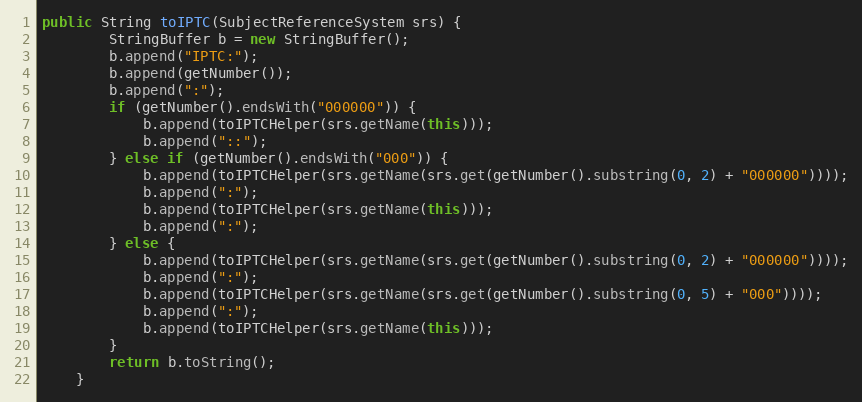
Language: Java
public String toIPTC(SubjectReferenceSystem srs) {
		StringBuffer b = new StringBuffer();
		b.append("IPTC:");
		b.append(getNumber());
		b.append(":");
		if (getNumber().endsWith("000000")) {
			b.append(toIPTCHelper(srs.getName(this)));
			b.append("::");
		} else if (getNumber().endsWith("000")) {
			b.append(toIPTCHelper(srs.getName(srs.get(getNumber().substring(0, 2) + "000000"))));
			b.append(":");
			b.append(toIPTCHelper(srs.getName(this)));
			b.append(":");
		} else {
			b.append(toIPTCHelper(srs.getName(srs.get(getNumber().substring(0, 2) + "000000"))));
			b.append(":");
			b.append(toIPTCHelper(srs.getName(srs.get(getNumber().substring(0, 5) + "000"))));
			b.append(":");
			b.append(toIPTCHelper(srs.getName(this)));
		}
		return b.toString();
	}